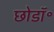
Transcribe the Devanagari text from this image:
छोडॉ॰